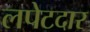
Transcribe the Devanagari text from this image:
लपेटदार